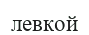
левкой